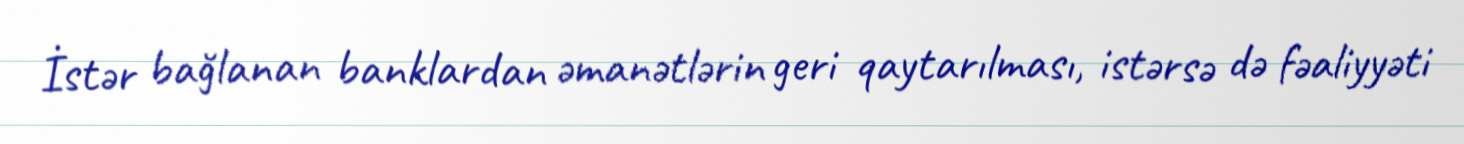
İstər bağlanan banklardan əmanətlərin geri qaytarılması, istərsə də fəaliyyəti